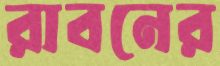
রাবনের